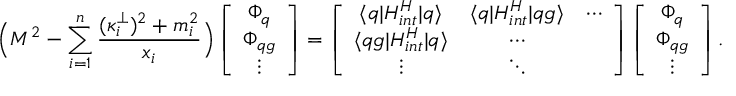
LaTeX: \Big ( M ^ { 2 } - \sum _ { i = 1 } ^ { n } { \frac { ( \kappa _ { i } ^ { \bot } ) ^ { 2 } + m _ { i } ^ { 2 } } { x _ { i } } } \Big ) \left[ \begin{array} { c } { { \Phi _ { q } } } \\ { { \Phi _ { q g } } } \\ { { \vdots } } \end{array} \right] = \left[ \begin{array} { c c c } { { \langle q | H _ { i n t } ^ { H } | q \rangle } } & { { \langle q | H _ { i n t } ^ { H } | q g \rangle } } & { { \cdots } } \\ { { \langle q g | H _ { i n t } ^ { H } | q \rangle } } & { { \cdots } } & { { ~ ~ } } \\ { { \vdots } } & { { \ddots } } & { { ~ ~ } } \end{array} \right] \left[ \begin{array} { c } { { \Phi _ { q } } } \\ { { \Phi _ { q g } } } \\ { { \vdots } } \end{array} \right] .